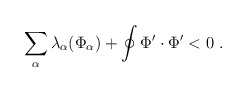
\begin{align*}\sum_{\alpha} \lambda_\alpha(\Phi_\alpha) + \oint\Phi'\cdot \Phi' < 0 \ . \end{align*}